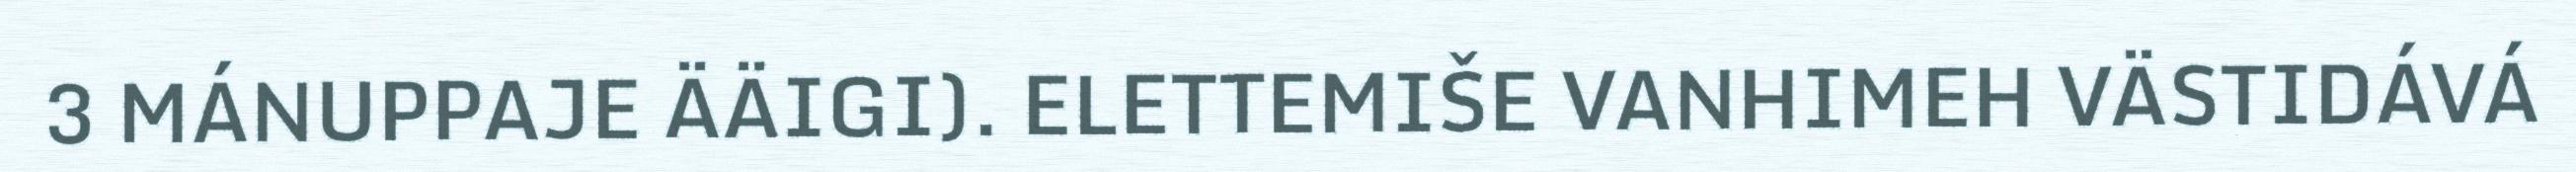
3 MÁNUPPAJE ÄÄIGI). ELETTEMIŠE VANHIMEH VÄSTIDÁVÁ